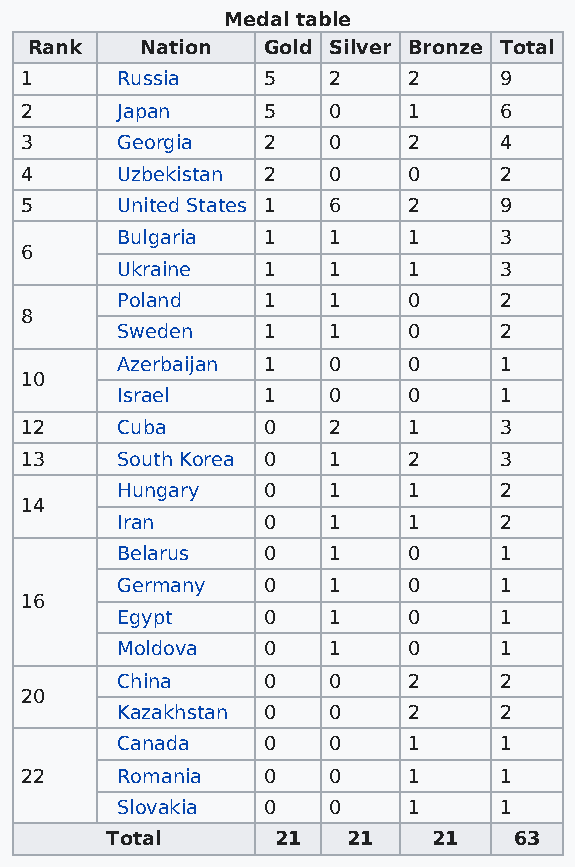
Medal table
 Rank   Nation  Gold Silver Bronze Total
 1      Russia   5    2    2     9
 2      Japan    5    0    1     6
 3      Georgia  2    0    2     4
 4      Uzbekistan 2  0    0     2
 5      United States 1 6  2     9
 Bulgaria 1    1    1     3
 6
 Ukraine  1    1    1     3
 Poland   1    1    0     2
 8
 Sweden   1    1    0     2
 Azerbaijan 1  0    0     1
 10
 Israel   1    0    0     1
 12     Cuba     0    2    1     3
 13     South Korea 0 1    2     3
 Hungary  0    1    1     2
 14
 Iran     0    1    1     2
 Belarus  0    1    0     1
 Germany  0    1    0     1
 16
 Egypt    0    1    0     1
 Moldova  0    1    0     1
 China    0    0    2     2
 20
 Kazakhstan 0  0    2     2
 Canada   0    0    1     1
 22     Romania  0    0    1     1
 Slovakia 0    0    1     1
 Total      21   21    21   63